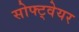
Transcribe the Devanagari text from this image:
सोफ्ट्वेयर